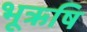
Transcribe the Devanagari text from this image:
भूऋषि